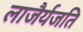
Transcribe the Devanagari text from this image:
लाजैर्यजति